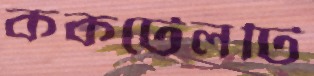
ককটেলটি